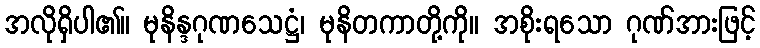
အလိုရှိပါ၏။ မုနိန္ဒဂုဏသေဋ္ဌံ၊ မုနိတကာတို့ကို။ အစိုးရသော ဂုဏ်အားဖြင့်